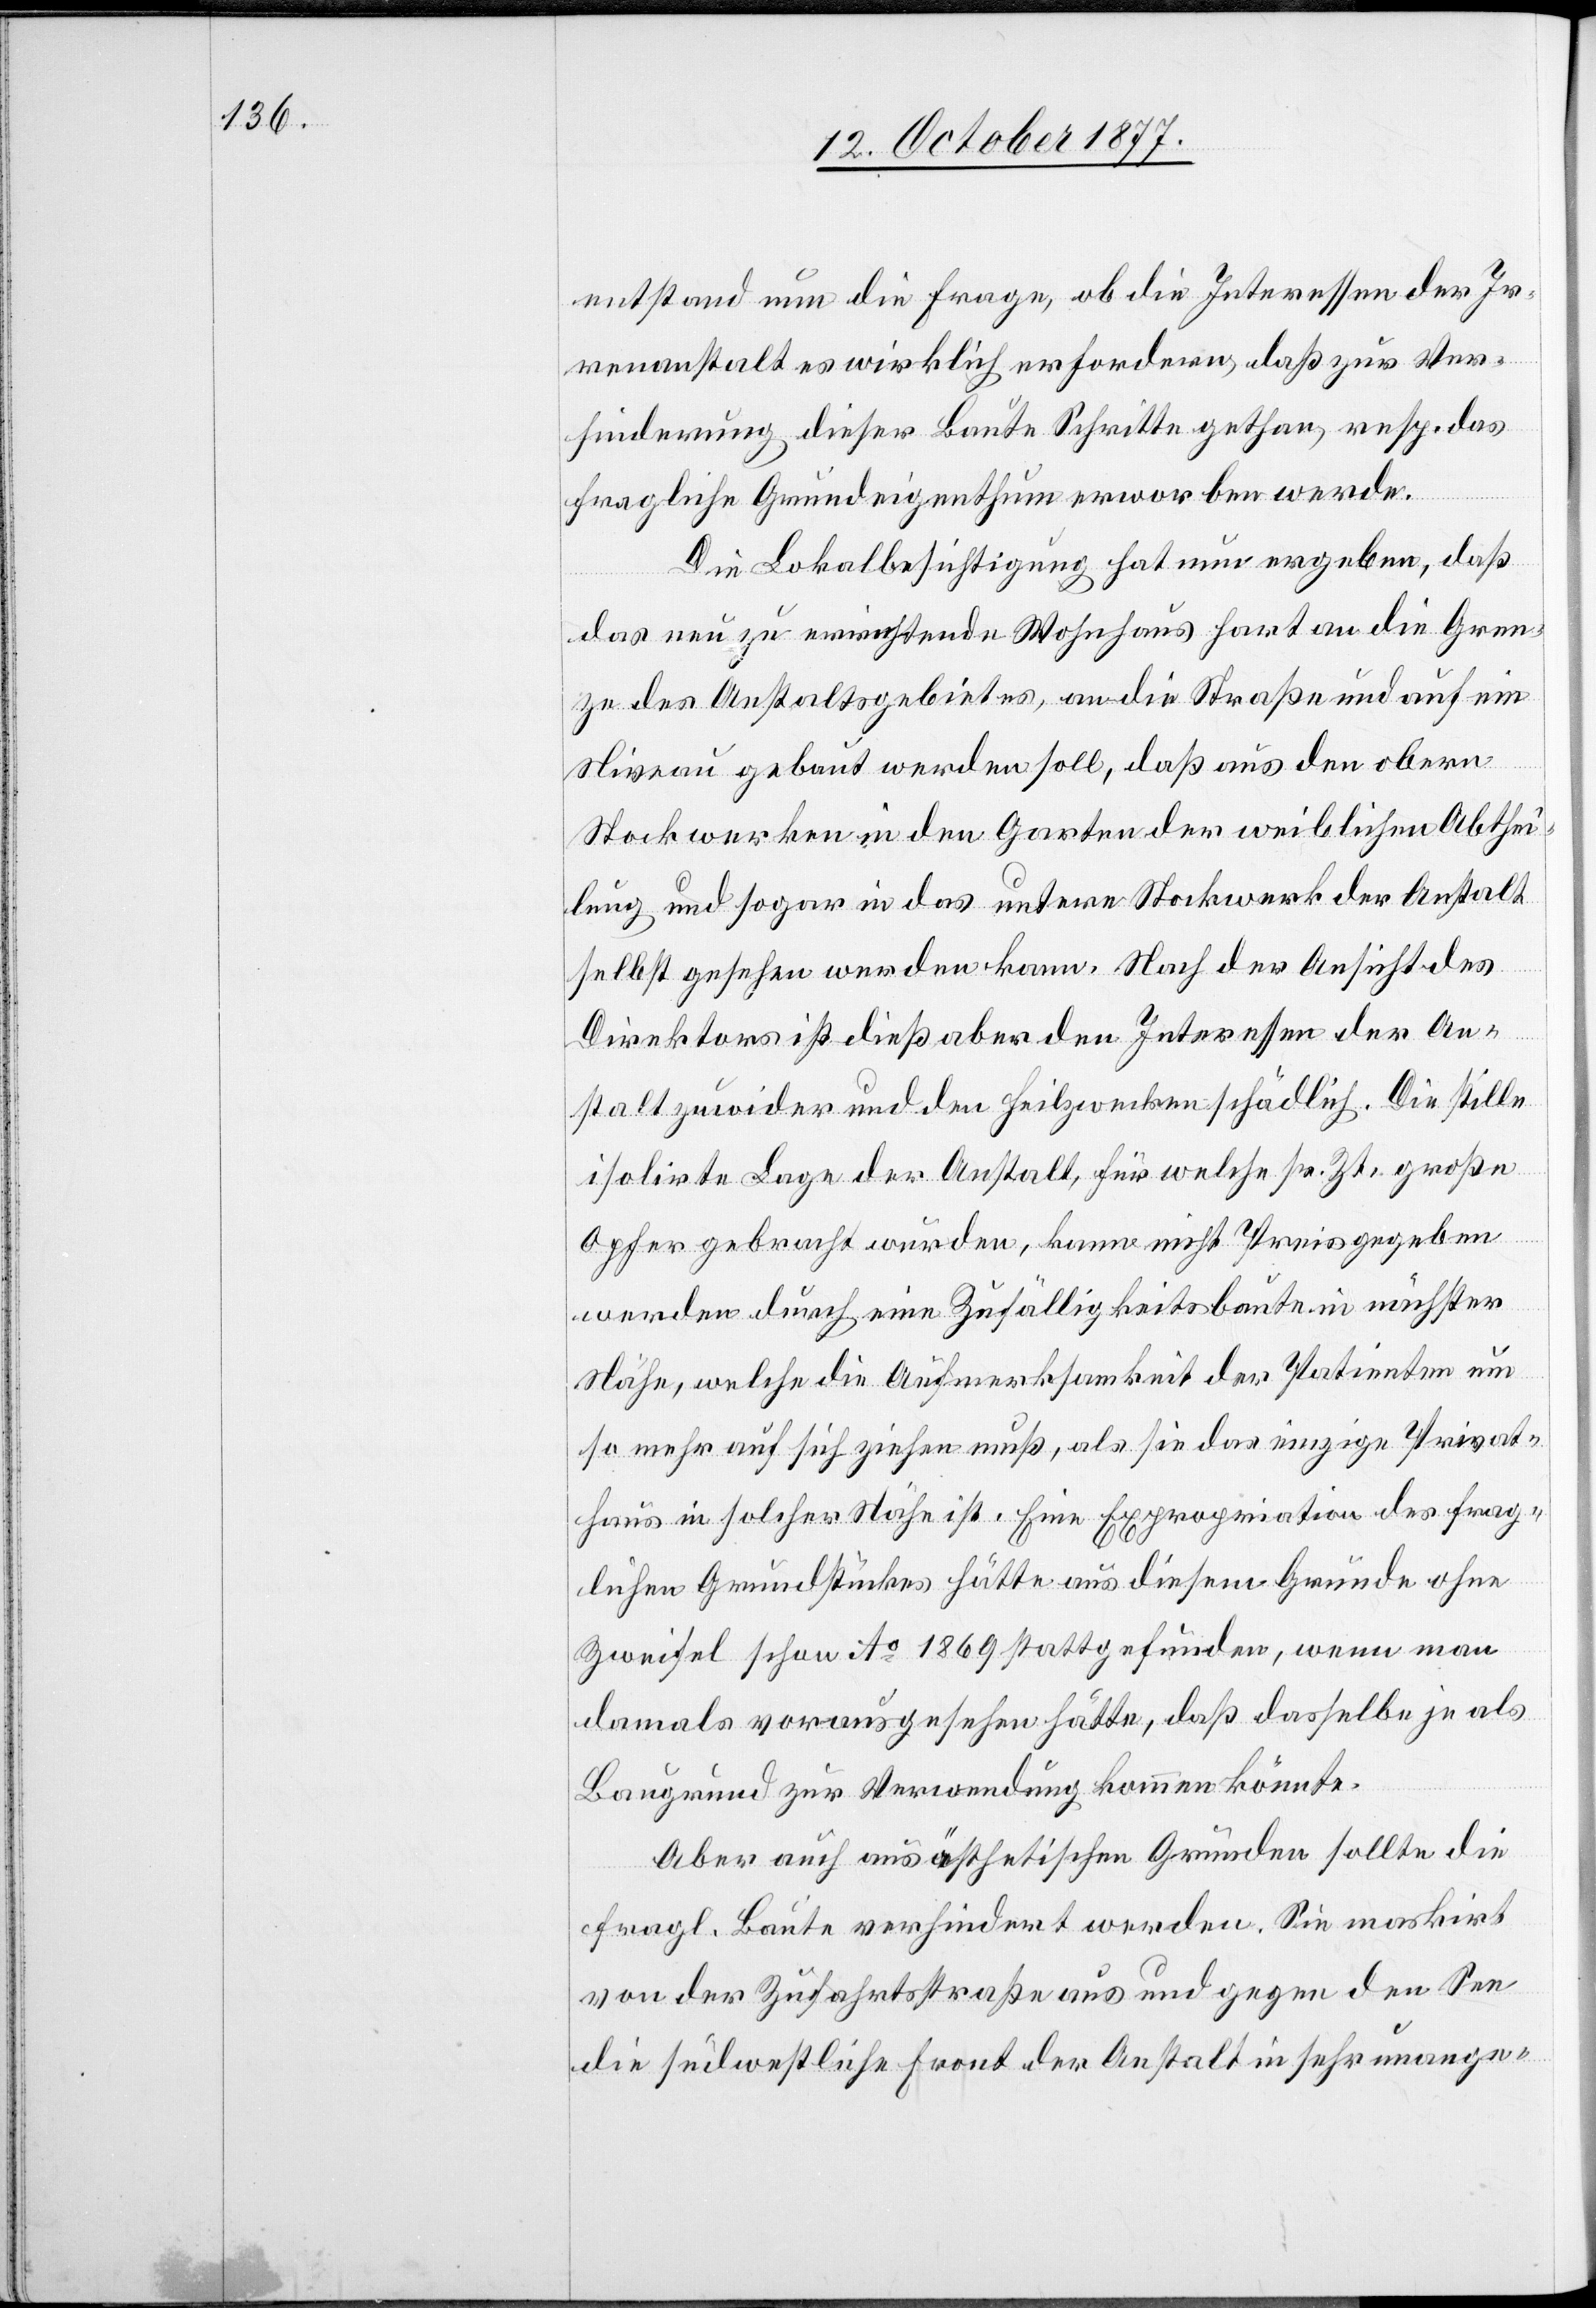
entstand nun die Frage, ob die Interessen der Ir¬
renanstalt es wirklich erfordern, daß zur Ver¬
hinderung dieser Baute Schritte gethan, resp. das
fragliche Grundeigenthum erworben werde.
Die Lokalbesichtigung hat nun ergeben, daß
das neu zu errichtende Wohnhaus hart an die Gren¬
ze des Anstaltsgebietes, an die Straße und auf ein
Niveau gebaut werden soll, daß aus den obern
Stockwerken in den Garten der weiblichen Abthei¬
lung und sogar in das untere Stockwerk der Anstalt
selbst gesehen werden kann. Nach der Ansicht des
Direktors ist dieß aber den Interessen der An¬
stalt zuwider und den Heilzwecken schädlich. Die stille
isolirte Lage der Anstalt, für welche sr. Zt. große
Opfer gebracht wurden, kann nicht Preis gegeben
werden durch eine Zufälligkeitsbaute in nächster
nähe, welche die Aufmerksamkeit der Patienten um
so mehr auf sich ziehen muß, als sie das einzige Privat¬
haus in solcher Nähe ist. Eine Expropriation des frag¬
lichen Grundstückes hätte aus diesem Grunde ohne
Zweifel schon Ao 1869 stattgefunden, wenn man
damals vorausgesehen hätte, daß dasselbe je als
Baugrund zur Verwendung kommen könnte.
Aber auch aus ästhetischen Gründen sollte die
fragl. Baute verhindert werden. Sie maskirt
von der Zufahrtsstraße aus und gegen den See
die südwestliche Front der Anstalt in sehr unange-